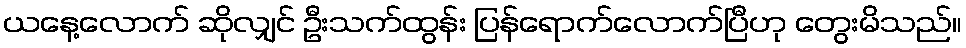
ယနေ့လောက် ဆိုလျှင် ဦးသက်ထွန်း ပြန်ရောက်လောက်ပြီဟု တွေးမိသည်။